Annual report on the mental hospital in the Central Provinces and Berar (Nagpur) - 1927-1951
Year: 1927
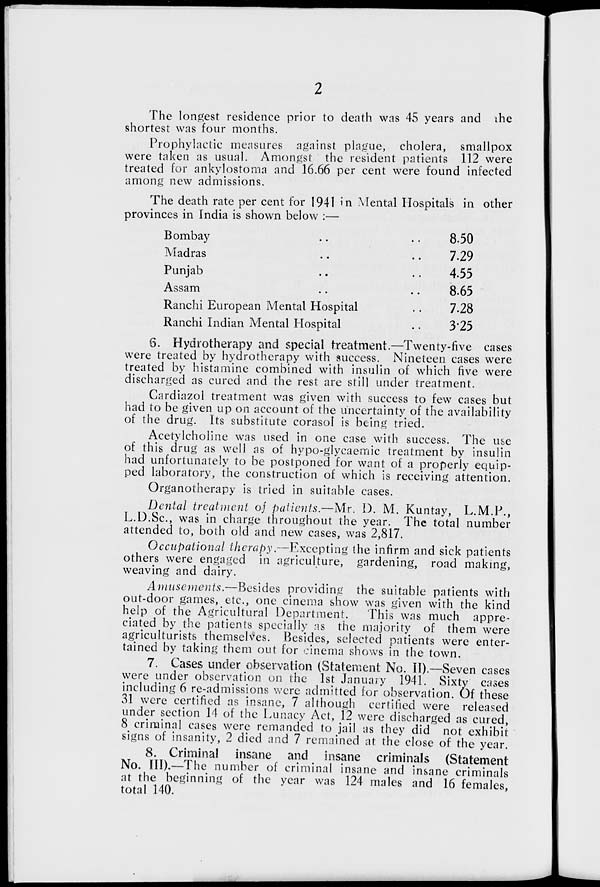
The longest residence prior to death was 45 years and the
shortest was four months.
Prophylactic measures against plague, cholera, smallpox
were taken as usual. Amongst the resident patients 112 were
treated for ankylostoma and 16.66 per cent were found infected
among new admissions.
The death rate per cent for 1941 in Mental Hospitals in other
provinces in India is shown below :—
Bombay
..
• •
8.50
Madras
..
..
7.29
Punjab
..
. •
4.55
Assam
..
• •
8.65
Ranchi European Mental Hospital
..
7-28
Ranchi Indian Mental Hospital
. .
3*25
6. Hydrotherapy and special treatment.—Twenty-five cases
were treated by hydrotherapy with success. Nineteen cases were
treated by histamine combined with insulin of which five were
discharged as cured and the rest are still under treatment.
Cardiazol treatment was given with success to few cases but
had to be given up on account of the uncertainty of the availability
of the drug. Its substitute corasol is being tried.
Acetylcholine was used in one case with success. The use
of this drug as well as of hypo-glycaemic treatment by insulin
had unfortunately to be postponed for want of a properly equip-
ped laboratory, the construction of which is receiving attention.
Organotherapy is tried in suitable cases.
Dental treatment of patients.—Mr. D. M. Kuntay, L.M.P.,
L.D.Sc, was in charge throughout the year. The total number
attended to, both old and new cases, was 2,817.
Occupational therapy.—Excepting the infirm and sick patients
others were engaged in agriculture, gardening, road making,
weaving and dairy.
Amusements.—Besides providing the suitable patients with
out-door games, etc., one cinema show was given with the kind
help of the Agricultural Department.
This was much appre-
ciated by the patients specially as the majority of them were
agriculturists themselves. Besides, selected patients were enter-
tained by taking them out for cinema shows in the town.
7. Cases under observation (Statement No. II).—Seven cases
were under observation on the 1st January 194.1. Sixtv cases
including 6 re-admissions were admitted for observation. Of these
31 were certified as insane, 7 although certified were released
under section 14 of the Lunacy Act, 12 were discharged as cured,
8 criminal cases were remanded to jail as they did not exhibit
signs of insanity, 2 died and 7 remained at the close of the year.
8. Criminal insane and insane criminals (Statement
No. III).—The number of criminal insane and insane criminals
at the beginning of the year was 124 males and 16 females
total 140.